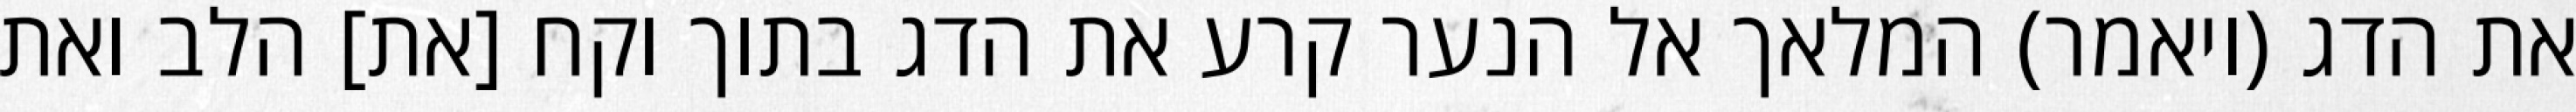
את הדג (ויאמר) המלאך אל הנער קרע את הדג בתוך וקח [את] הלב ואת